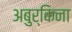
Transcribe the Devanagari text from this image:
अबुर्किना